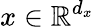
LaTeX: x\in\mathbb{R}^{d_{x}}